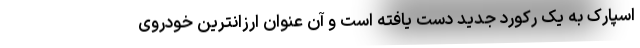
اسپارک به یک رکورد جدید دست یافته است و آن عنوان ارزانترین خودروی